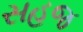
સહજ